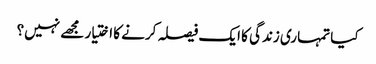
کیا تمہاری زندگی کا ایک فیصلہ کرنے کا اختیار مجھے نہیں؟